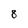
Character: 8